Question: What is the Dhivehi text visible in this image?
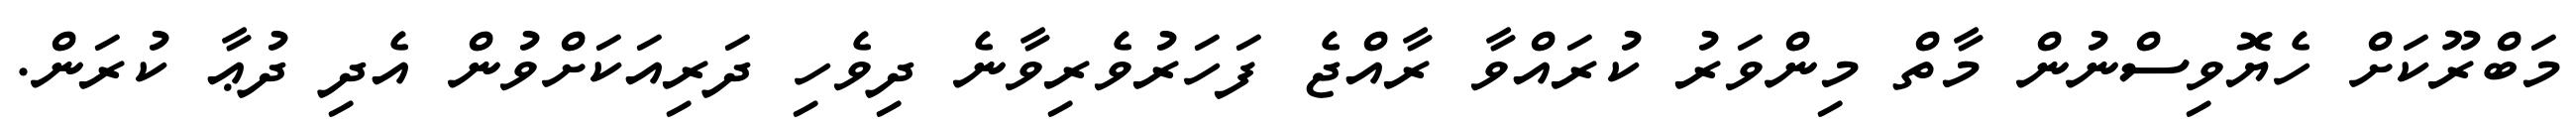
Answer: މަބްރޫކަށް ހެޔޮވިސްނުން މާތް މިންވަރު ކުރައްވާ ރާއްޖެ ފަހަރުވެރިވާނެ ދިވެހި ދަރިއަކަށްވުން އެދި ދުޢާ ކުރަން.